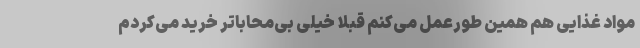
مواد غذایی هم همین طورعمل می‌کنم قبلاً خیلی بی‌محاباتر خرید می‌کردم